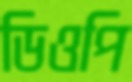
ডিওপি